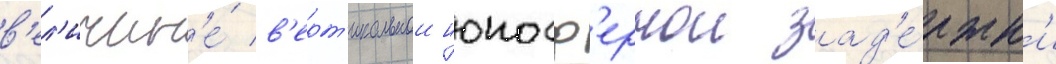
в'ел'ичин'е́ в'ерт'икальнои ионосф'ернои зад'е́ржк'и